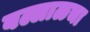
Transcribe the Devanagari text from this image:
बल्लाळचा